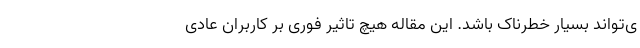
ی‌تواند بسیار خطرناک باشد. این مقاله هیچ تاثیر فوری بر کاربران عادی